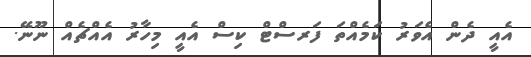
އެއީ ދެން އެވަރު ކަމެއްތަ ފަރސްޓް ކިސް އެއީ މިހާރު އެއްޗެއް ނޫނޭ.